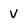
Character: v